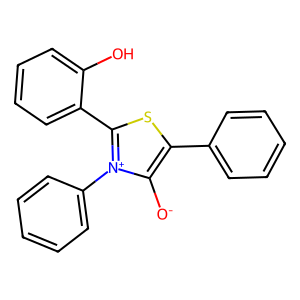
SMILES: [O-]c1c(-c2ccccc2)sc(-c2ccccc2O)[n+]1-c1ccccc1
Inhibits HIV replication: No